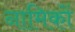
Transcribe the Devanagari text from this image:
नामिकों